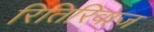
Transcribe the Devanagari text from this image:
रितिरिवाज